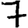
Digit: 7